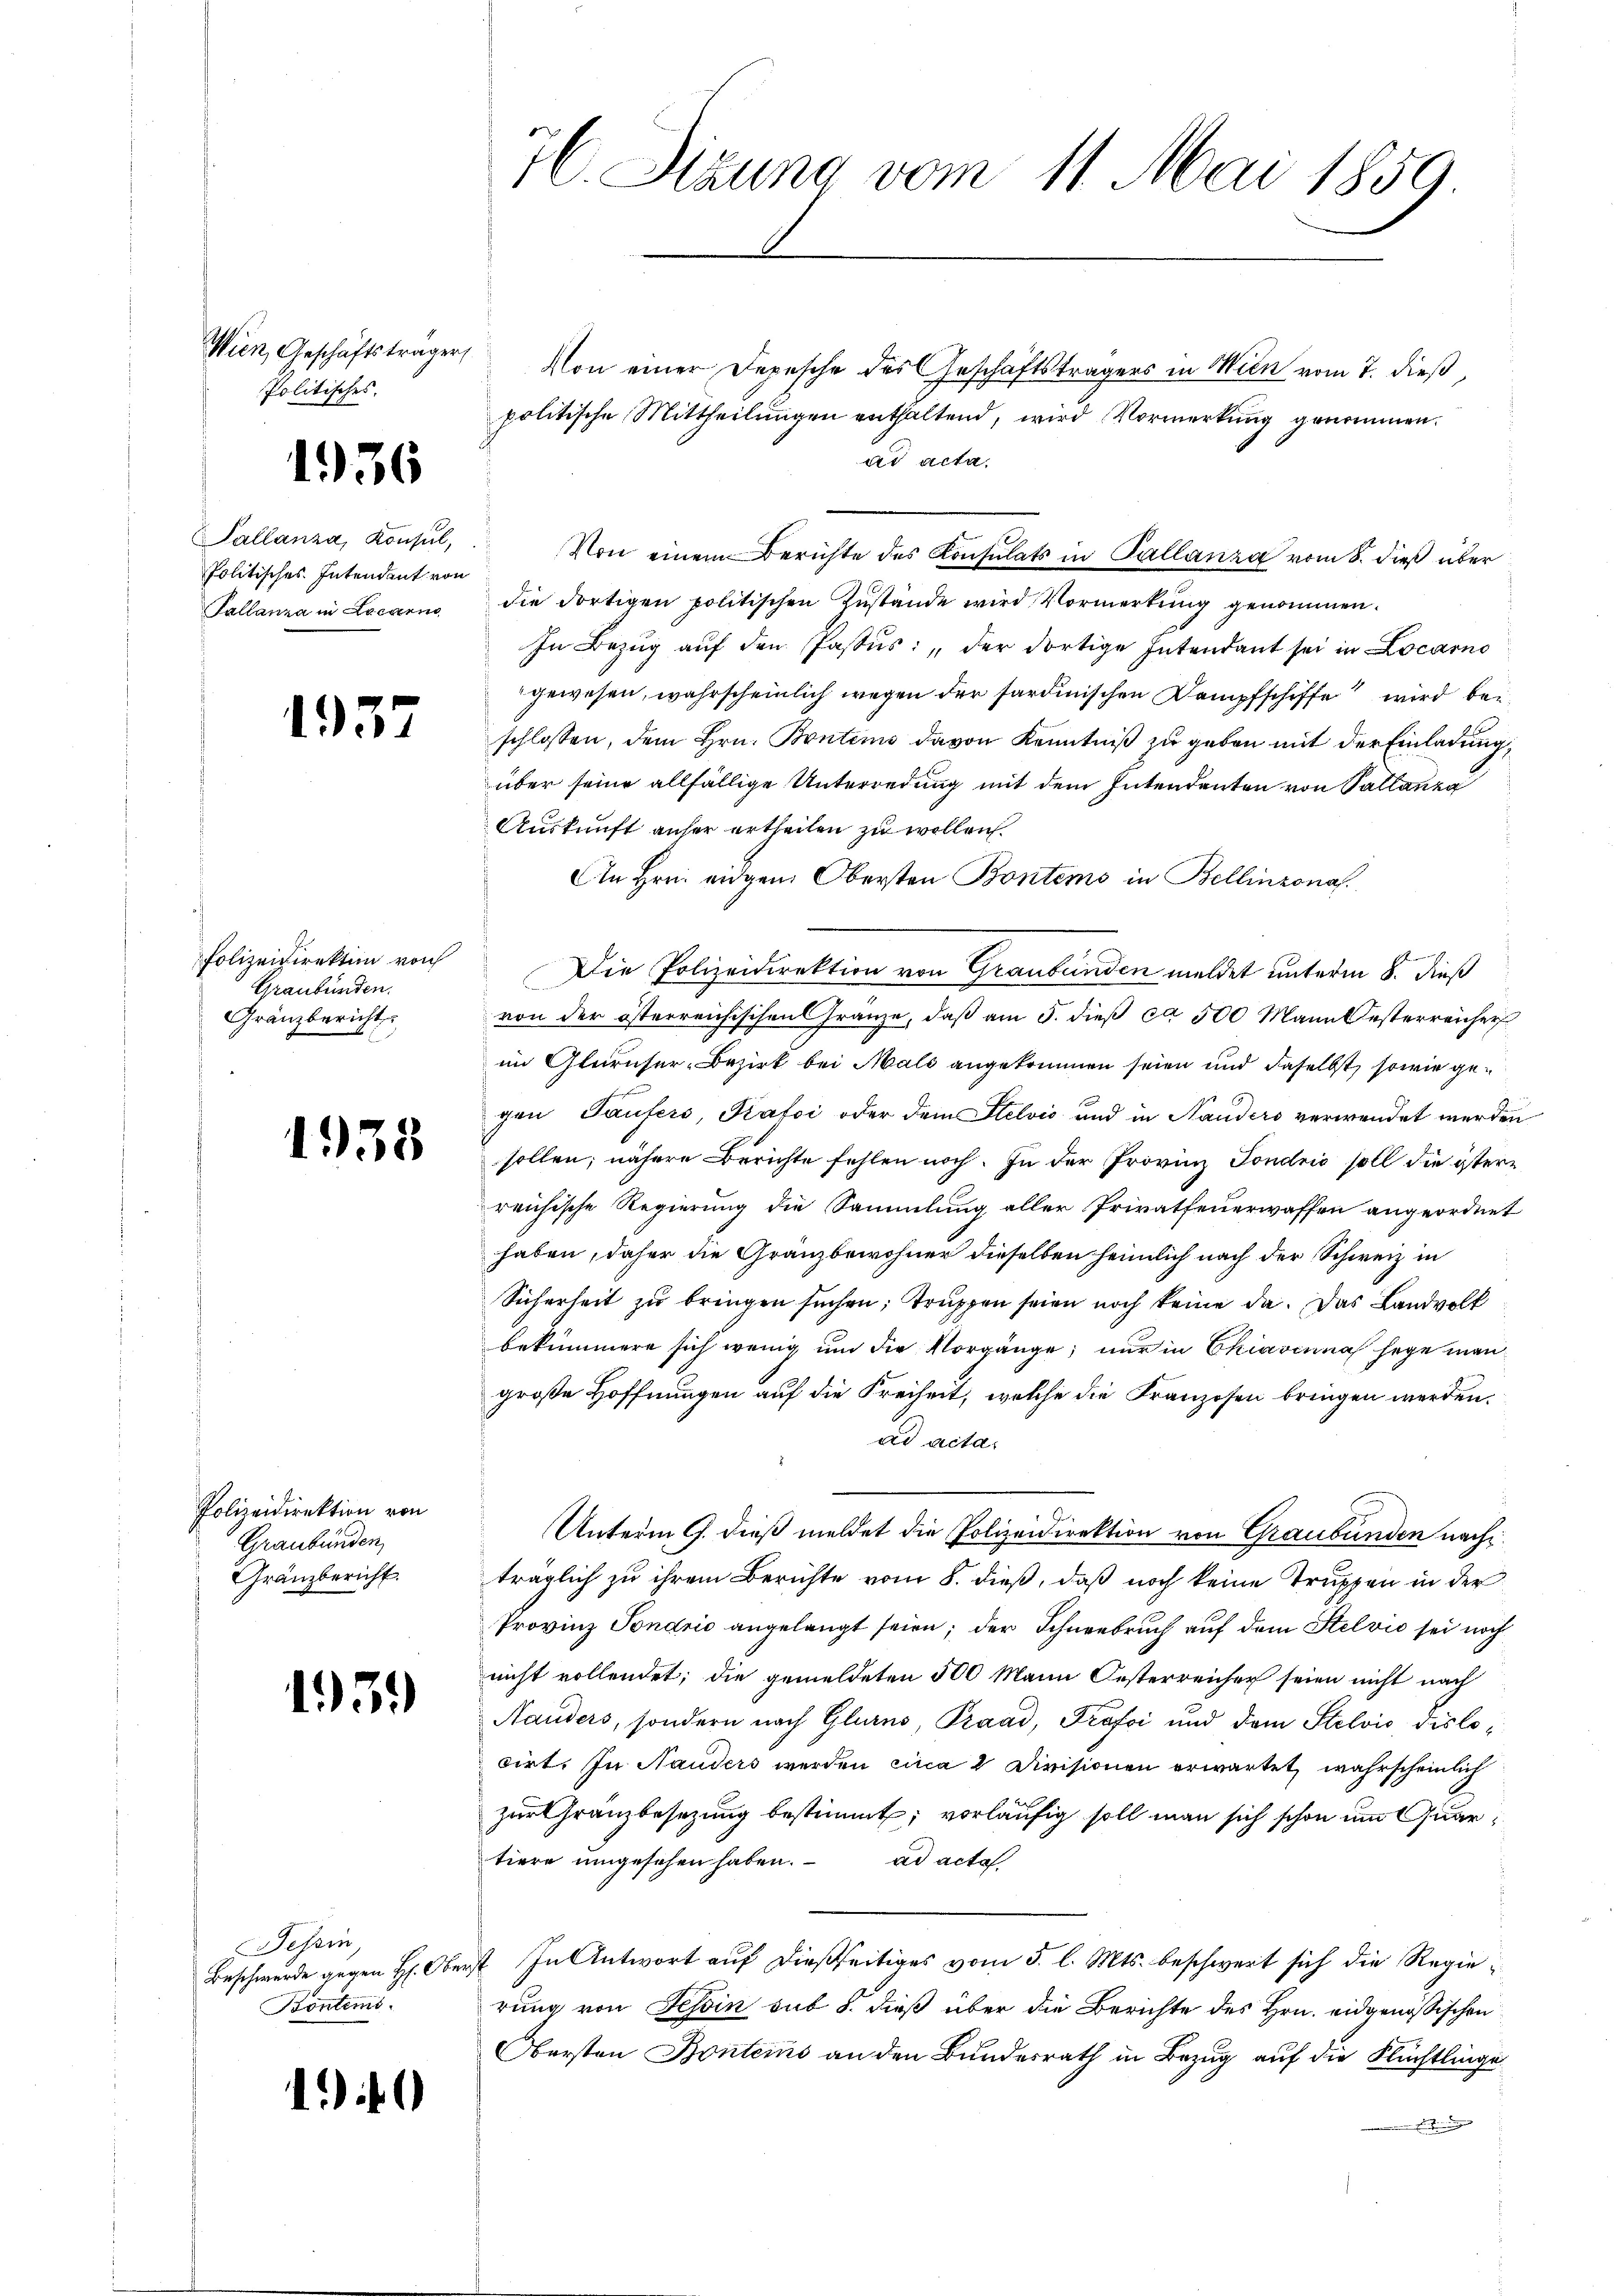
Wien, Geschäftsträger
Politisches.

1936

Pallanza, Konsul,
Politisches Intendent von
Tallanza in Locarno

1937

Polizeidirektion von
Graubünden.
Gränzbericht

1938

Polizeidirektion von
Graubünden,
Gränzbericht.

195.

Tessin
Beschwerde gegen H: Obe
Bontemi

10

16. Sizung vom 11. Mai 1859

Von einer Depesche des Geschäftsträgers in Mein vom 7. dieß,
politische Mittheilungen enthaltend, wird Vormerkung genommen.
ad acta.
die dortigen politischen Zustände wird Vormerkung genommen.
In Bezŭg aŭf den Passus: „der dortige Intendant sei in Locarno
gewesen, wahrscheinlich wegen der sardinischen Dampfschiffe wird beschlossen, dem Hrn. Bontens davon Kenntniß zu geben mit der Einladung,
über seine allfällige Unterredung mit dem Intendenten von Sallanz
Auskunft anher ertheilen zu wollen.
An Hrn. eidgen. Obersten Bontems in Bellinzona.
Die Polizeidirektion von Graubünden meldet unterm 8. dieß
von der österreichischen Gränze, daß am 5. dieß ca 500 Mann Oesterreicher
im Glürnher-Bezirk bei Mals angekommen seien und daselbst, sowie gegen Taufers, Grafsi oder dem Stelvić und in Handers verwendet werden
sollen; nähere Berichte fehlen noch. In der Provinz Fondrio soll die österreichische Regierung die Sammlung aller Privatfeuerwaffen angeordnet
haben, daher die Granzbewohner dieselben heimlich nach der Schweiz in
Sicherheit zu bringen suchen, Truppen seien noch keine da. Das Landvolk
bekümmern sich wenig ŭm die Vorgänge, nur in Chiavinna hege man
große Hoffnungen auf die Freiheit, welche die Franzosen bringen werden.
ad acta.
Unterm 9. dieß meldet die Polizeidirektion von Graubünden nach
träglich zu ihrem Berichte vom 8. dieß, daß noch keine Truppen in der
Provinz Tonario angelangt seien; der Schneebruch auf dem Stelvio sei noch
nicht vollendet; die gemeldeten 500 Mann Oesterreicher seien nicht nach
Hauders, sondern nach Glurno, Praad, Profoi und dem Stelvio dislocirt. In Nauders werden circa 2 Divisionen erwartet wahrscheinlich
zur Granzbesetzung bestimmt; vorläufig soll man sich schon um Quartiere umgesehen haben. ad acta
In Antwort auf dießseitiges vom 5. l. Mts. beschwert sich die Regierung von Tessin sub 5. dieß über die Berichte des Hrn. eidgenössischen
Obersten Bontems an den Bundesrath in Bezug auf die Flüchtlinge
Ei

Von einem Berichte des Konsulats in Pallanza vom 8. dieß über